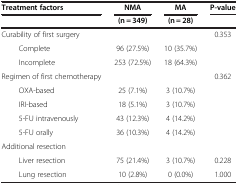
| Treatment factors | NMA | MA | P-value |
 |  | (n = 349) | (n = 28) |  |
 | --- | --- | --- | --- |
 | Curability of first surgery |  |  | 0.353 |
 | Complete | 96 (27.5%) | 10 (35.7%) |  |
 | Incomplete | 253 (72.5%) | 18 (64.3%) |  |
 | Regimen of first chemotherapy |  |  | 0.362 |
 | OXA-based | 25 (7.1%) | 3 (10.7%) |  |
 | IRI-based | 18 (5.1%) | 3 (10.7%) |  |
 | 5-FU intravenously | 43 (12.3%) | 4 (14.2%) |  |
 | 5-FU orally | 36 (10.3%) | 4 (14.2%) |  |
 | Additional resection |  |  |  |
 | Liver resection | 75 (21.4%) | 3 (10.7%) | 0.228 |
 | Lung resection | 10 (2.8%) | 0 (0.0%) | 1.000 |